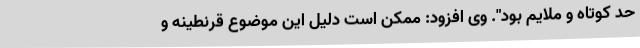
حد کوتاه و ملایم بود". وی افزود: ممکن است دلیل این موضوع قرنطینه و